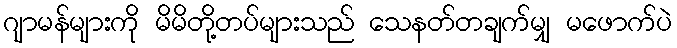
ဂျာမန်များကို မိမိတို့တပ်များသည် သေနတ်တချက်မျှ မဖောက်ပဲ